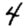
Digit: 4